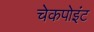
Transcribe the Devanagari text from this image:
चेकपोइंट